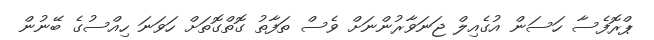
ޕްރޮފެސާ ހަސަން އުގެއިލް ޖަނަވާރުންނަށް ވެސް ތަފާތު ގޮތްގޮތަށް ހަވަނަ ހިއްސުގެ ބޭނުން